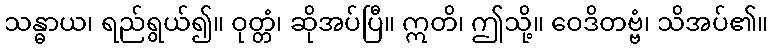
သန္ဓာယ၊ ရည်ရွယ်၍။ ဝုတ္တံ၊ ဆိုအပ်ပြီ။ ဣတိ၊ ဤသို့။ ဝေဒိတဗ္ဗံ၊ သိအပ်၏။